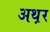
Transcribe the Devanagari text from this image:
अथ़र